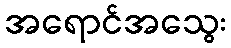
အရောင်အသွေး